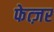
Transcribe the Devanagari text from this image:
फेत्ज़र